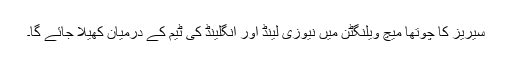
سیریز کا چوتھا میچ ویلنگٹن میں نیوزی لینڈ اور انگلینڈ کی ٹیم کے درمیان کھیلا جائے گا۔